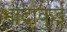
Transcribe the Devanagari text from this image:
भादाकुई